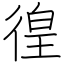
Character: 徨